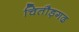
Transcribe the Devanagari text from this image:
चितौड़गढ